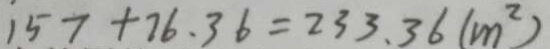
1 5 7 + 7 6 . 3 6 = 2 3 3 . 3 6 ( m ^ { 2 } )